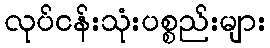
လုပ်ငန်းသုံးပစ္စည်းများ